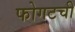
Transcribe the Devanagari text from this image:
फोगटची